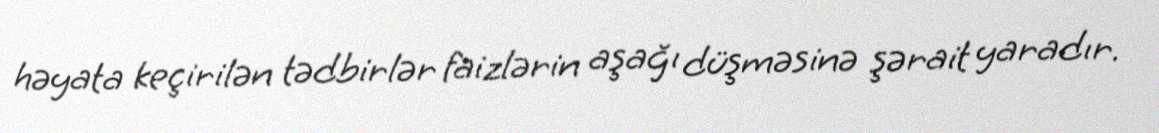
həyata keçirilən tədbirlər faizlərin aşağı düşməsinə şərait yaradır.